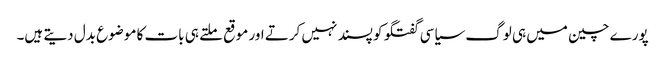
پورے چین میں ہی لوگ سیاسی گفتگو کو پسند نہیں کرتے اور موقع ملتے ہی بات کا موضوع بدل دیتے ہیں۔